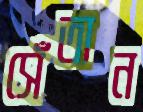
সেঁতান